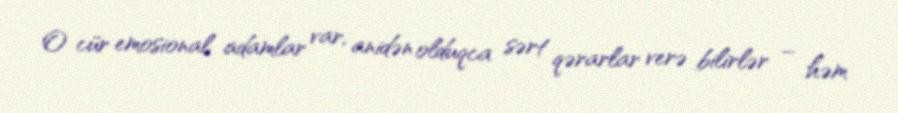
O cür emosional adamlar var, anidən olduqca sərt qərarlar verə bilirlər – həm